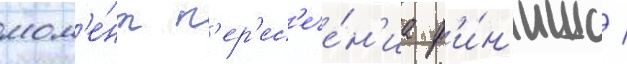
мом'е́нт п'ер'ес'ече́н'иа ф'и́н'иша /